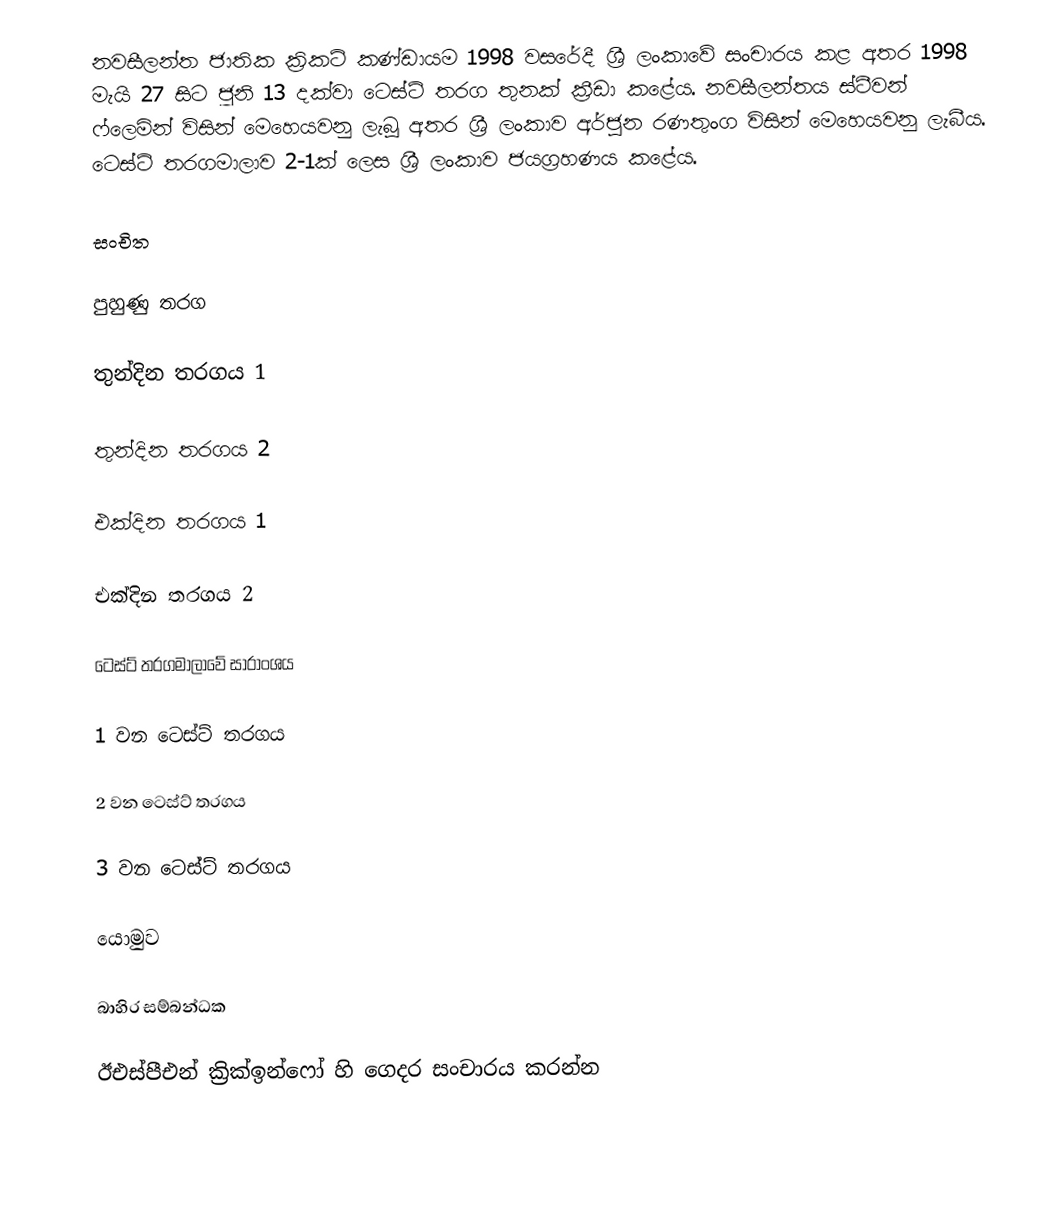
නවසීලන්ත ජාතික ක්‍රිකට් කණ්ඩායම 1998 වසරේදී ශ්‍රී ලංකාවේ සංචාරය කළ අතර 1998 මැයි 27 සිට ජූනි 13 දක්වා ටෙස්ට් තරග තුනක් ක්‍රීඩා කළේය. නවසීලන්තය ස්ටීවන් ෆ්ලෙමින් විසින් මෙහෙයවනු ලැබූ අතර ශ්‍රී ලංකාව අර්ජුන රණතුංග විසින් මෙහෙයවනු ලැබීය. ටෙස්ට් තරගමාලාව 2-1ක් ලෙස ශ්‍රී ලංකාව ජයග්‍රහණය කළේය.

සංචිත

පුහුණු තරග

තුන්දින තරගය 1

තුන්දින තරගය 2

එක්දින තරගය 1

එක්දින තරගය 2

ටෙස්ට් තරගමාලාවේ සාරාංශය

1 වන ටෙස්ට් තරගය

2 වන ටෙස්ට් තරගය

3 වන ටෙස්ට් තරගය

යොමුව

බාහිර සම්බන්ධක

 ඊඑස්පීඑන් ක්‍රික්ඉන්ෆෝ හි ගෙදර සංචාරය කරන්න